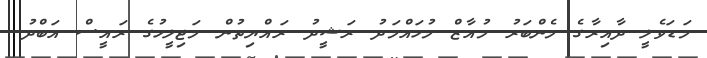
މަޑަވެލީ ދާއިރާގެ މެންބަރު މުއާޒް މުހައްމަދު ރަޝީދު ރައްޔިތުން މަޖިލީހުގެ ރައީސް އަބްދު